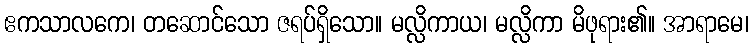
ဧကသာလကေ၊ တဆောင်သော ဇရပ်ရှိသော။ မလ္လိကာယ၊ မလ္လိကာ မိဖုရား၏။ အာရာမေ၊